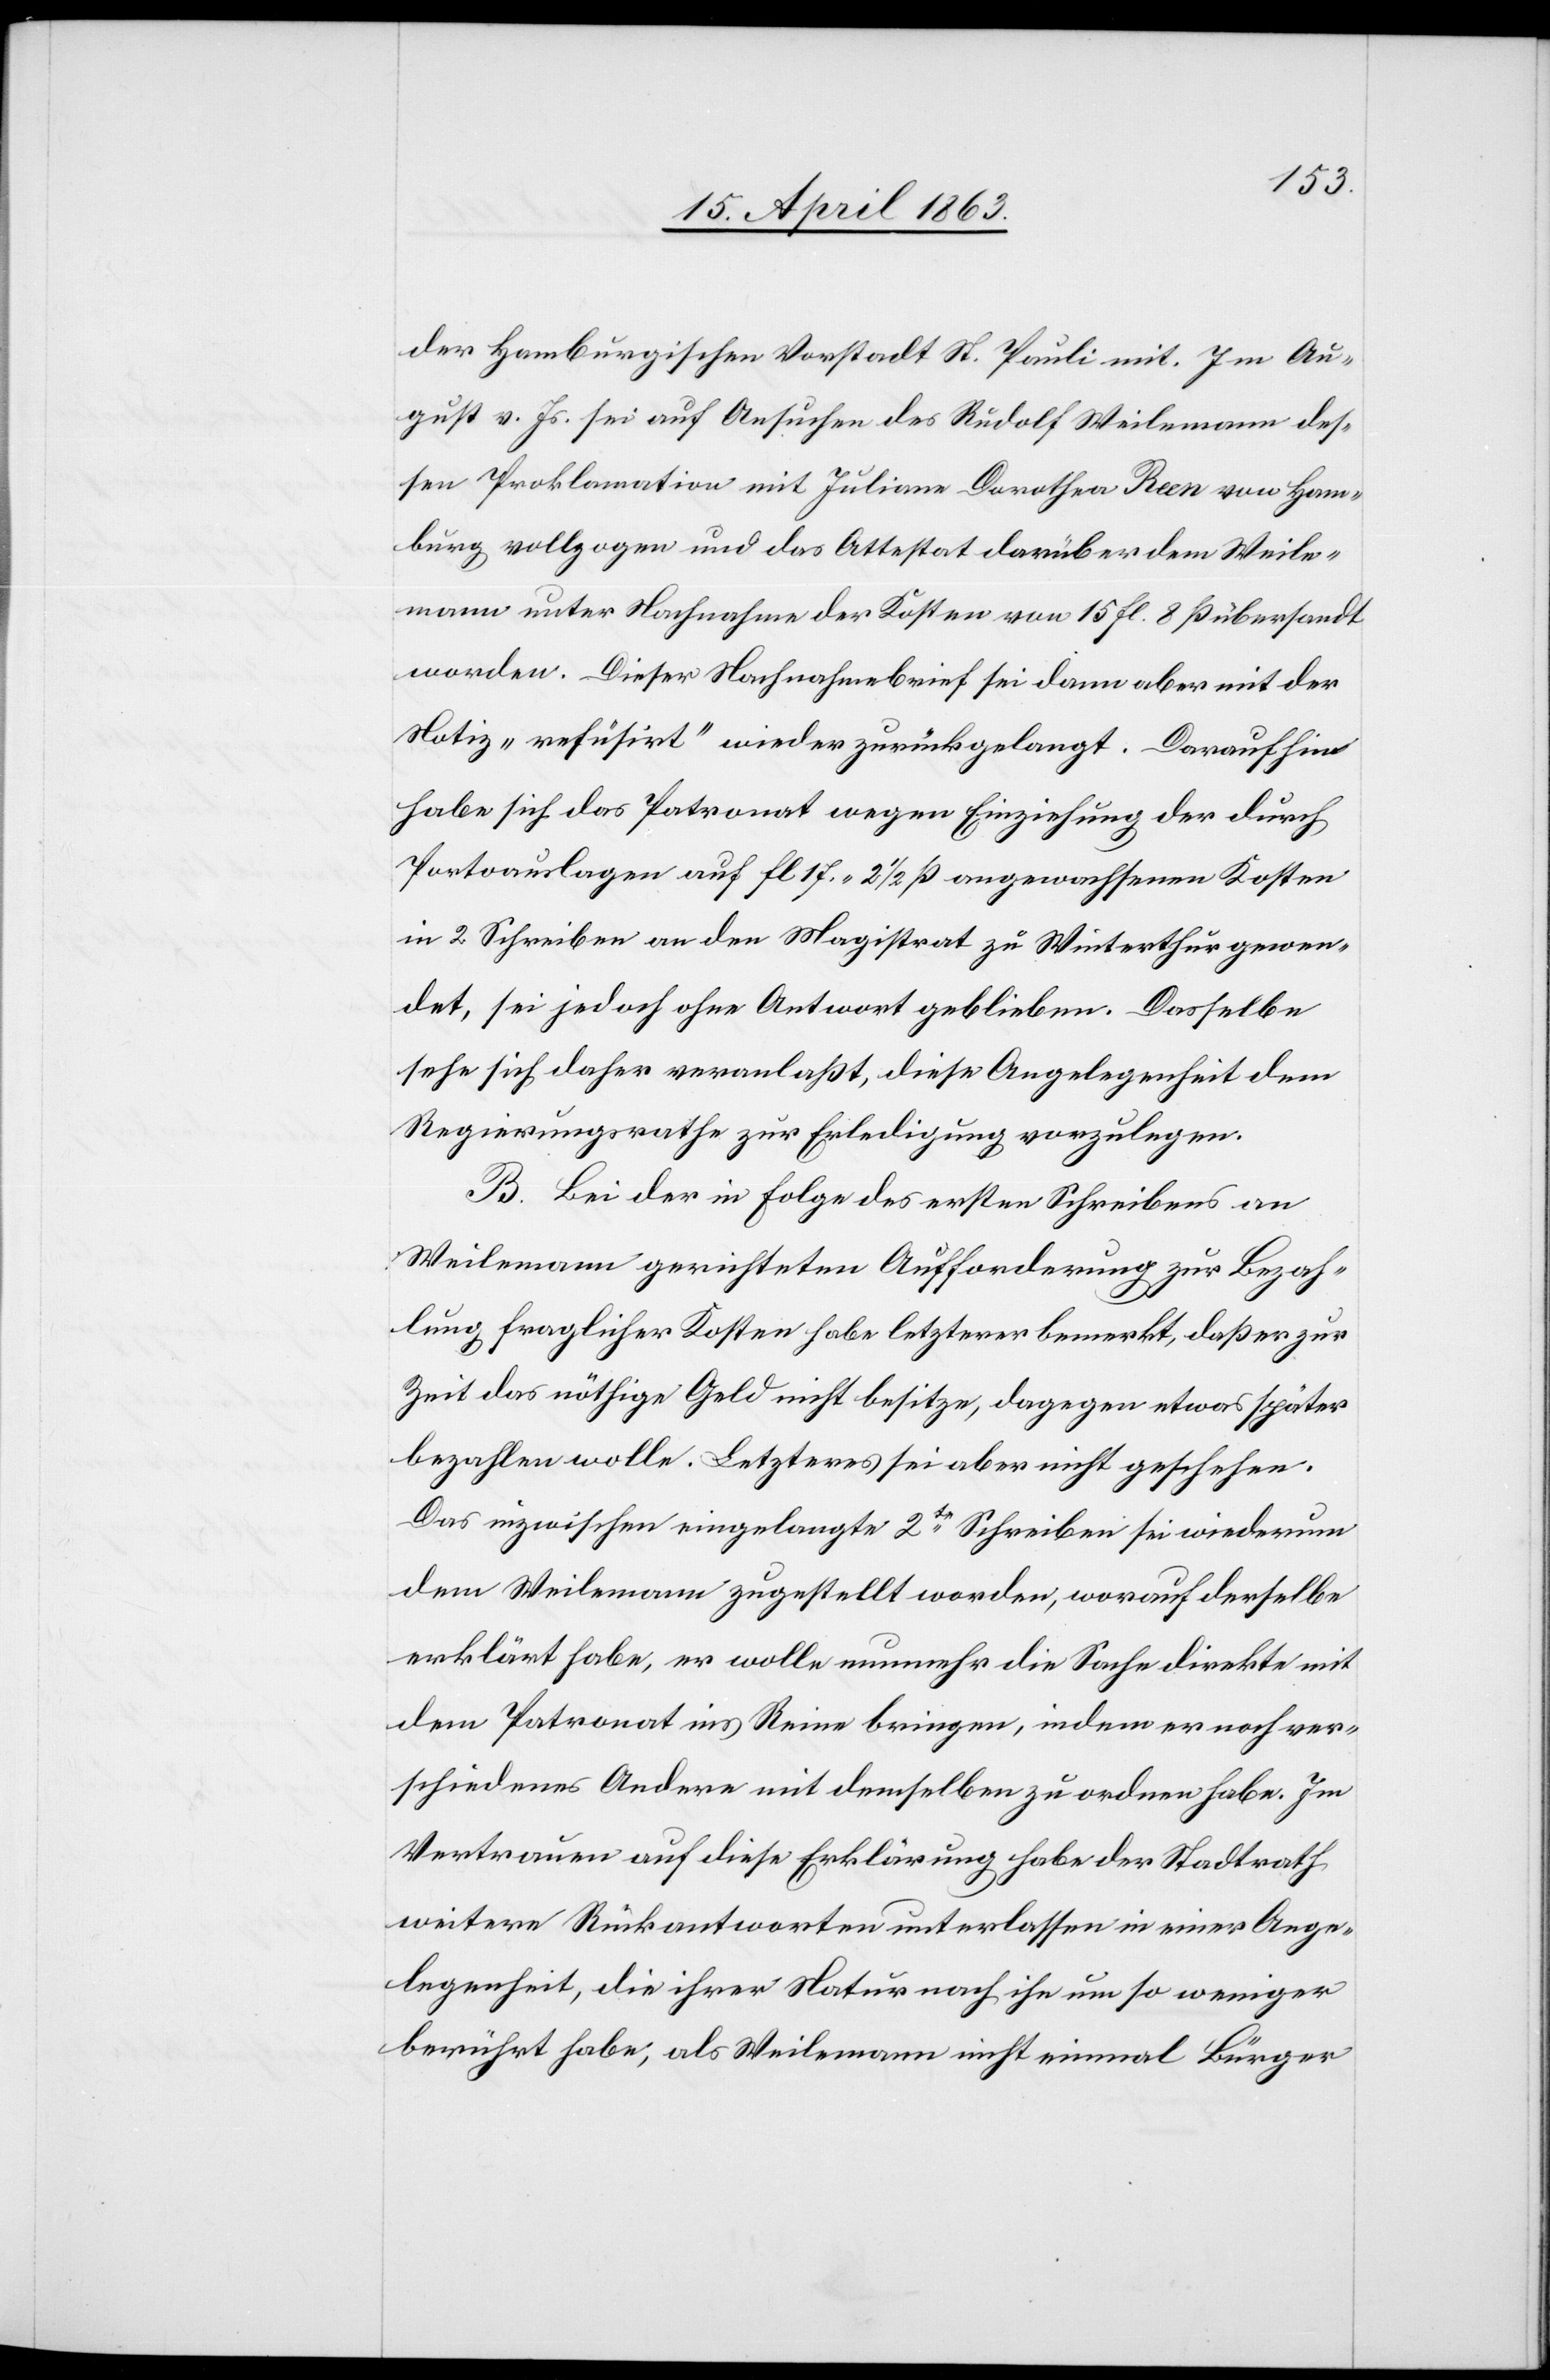
der Hamburgischen Vorstadt St. Pauli mit. Im Au¬
gust v. Js. sei auf Ansuchen des Rudolf Weilemann des¬
sen Proklamation mit Juliana Dorothea Been von Ham¬
burg vollzogen und das Attestat darüber dem Weile¬
mann unter Nachnahme der Kosten von 15 fl. 8 ß übersandt
worden. Dieser Nachnahmebrief sei dann aber mit der
Notiz „refusirt“ wieder zurückgelangt. Daraufhin
habe sich das Patronat wegen Einziehung der durch
Portoauslagen auf fl. 17. 2 1/2 ß angewachsenen Kosten
in 2 Schreiben an den Magistrat zu Winterthur gewen¬
det, sei jedoch ohne Antwort geblieben. Dasselbe
sehe sich daher veranlaßt, diese Angelegenheit dem
Regierungsrathe zur Erledigung vorzulegen.
B. Bei der in Folge des ersten Schreibens an
Weilemann gerichteten Aufforderung zur Bezah¬
lung fraglicher Kosten habe letzterer bemerkt, daß er zur
Zeit das nöthige Geld nicht besitze, dagegen etwas später
bezahlen wolle. Letzteres sei aber nicht geschehen.
Das inzwischen eingelangte 2te Schreiben sei wiederum
dem Weilemann zugestellt worden, worauf derselbe
erklärt habe, er wolle nunmehr die Sache direkte mit
dem Patronat ins Reine bringen, indem er noch ver¬
schiedenes Andere mit demselben zu ordnen habe. Im
Vertrauen auf diese Erklärung habe der Stadtrath
weitere Rückantworten unterlassen in einer Ange¬
legenheit, die ihrer Natur nach ihn um so weniger
berührt habe, als Weilemann nicht einmal Bürger